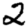
Digit: 2